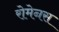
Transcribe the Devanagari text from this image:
रोमेनस